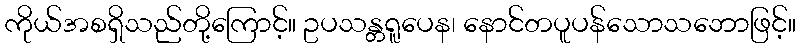
ကိုယ်အစရှိသည်တို့ကြောင့်။ ဥပသန္တရူပေန၊ နောင်တပူပန်သောသဘောဖြင့်။